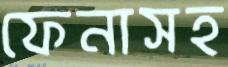
ফেনাসহ